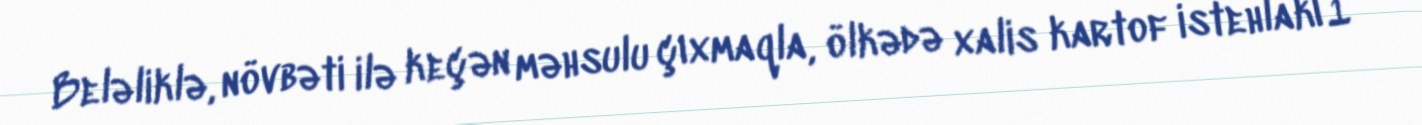
Beləliklə, növbəti ilə keçən məhsulu çıxmaqla, ölkədə xalis kartof istehlakı 1